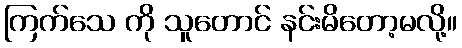
ကြက်သေ ကို သူတောင် နင်းမိတော့မလို့။